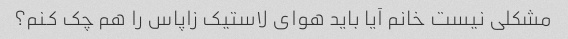
مشکلی نیست خانم آیا باید هوای لاستیک زاپاس را هم چک کنم؟